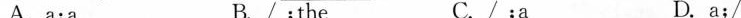
A. a;a B. /;the C. /;a D. a;/